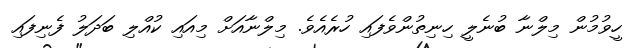
ހީވުމުން މިލްނާ ބުނެލީ ހިނިތުންވެފައި ހުރެއެވެ. މިލްނާއަށް މިއައި ކުއްލި ބަދަލު ފެނިފައި